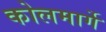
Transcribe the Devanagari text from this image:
कोलमार्गे